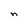
Character: n